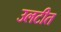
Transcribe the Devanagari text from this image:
उलटीत